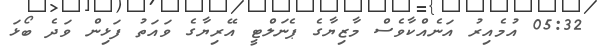
05:32 އުމެއިރު އަނެއްކާވެސް މާޒިޔާގެ ޕެނަލްޓީ އޭރިޔާގެ ވައަތު ފަޅިން ވަދެ ބޯޅަ